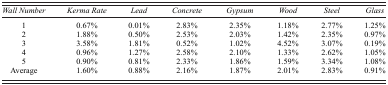
<table><thead><tr><td><b><i>Wall Number</i></b></td><td><b><i>Kerma Rate</i></b></td><td><b><i>Lead</i></b></td><td><b><i>Concrete</i></b></td><td><b><i>Gypsum</i></b></td><td><b><i>Wood</i></b></td><td><b><i>Steel</i></b></td><td><b><i>Glass</i></b></td></tr></thead><tbody><tr><td>1</td><td>0.67%</td><td>0.01%</td><td>2.83%</td><td>2.35%</td><td>1.18%</td><td>2.77%</td><td>1.25%</td></tr><tr><td>2</td><td>1.88%</td><td>0.50%</td><td>2.53%</td><td>2.03%</td><td>1.42%</td><td>2.35%</td><td>0.97%</td></tr><tr><td>3</td><td>3.58%</td><td>1.81%</td><td>0.52%</td><td>1.02%</td><td>4.52%</td><td>3.07%</td><td>0.19%</td></tr><tr><td>4</td><td>0.96%</td><td>1.27%</td><td>2.58%</td><td>2.10%</td><td>1.33%</td><td>2.62%</td><td>1.05%</td></tr><tr><td>5</td><td>0.90%</td><td>0.81%</td><td>2.33%</td><td>1.86%</td><td>1.59%</td><td>3.34%</td><td>1.08%</td></tr><tr><td>Average</td><td>1.60%</td><td>0.88%</td><td>2.16%</td><td>1.87%</td><td>2.01%</td><td>2.83%</td><td>0.91%</td></tr></tbody></table>